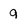
Character: 9